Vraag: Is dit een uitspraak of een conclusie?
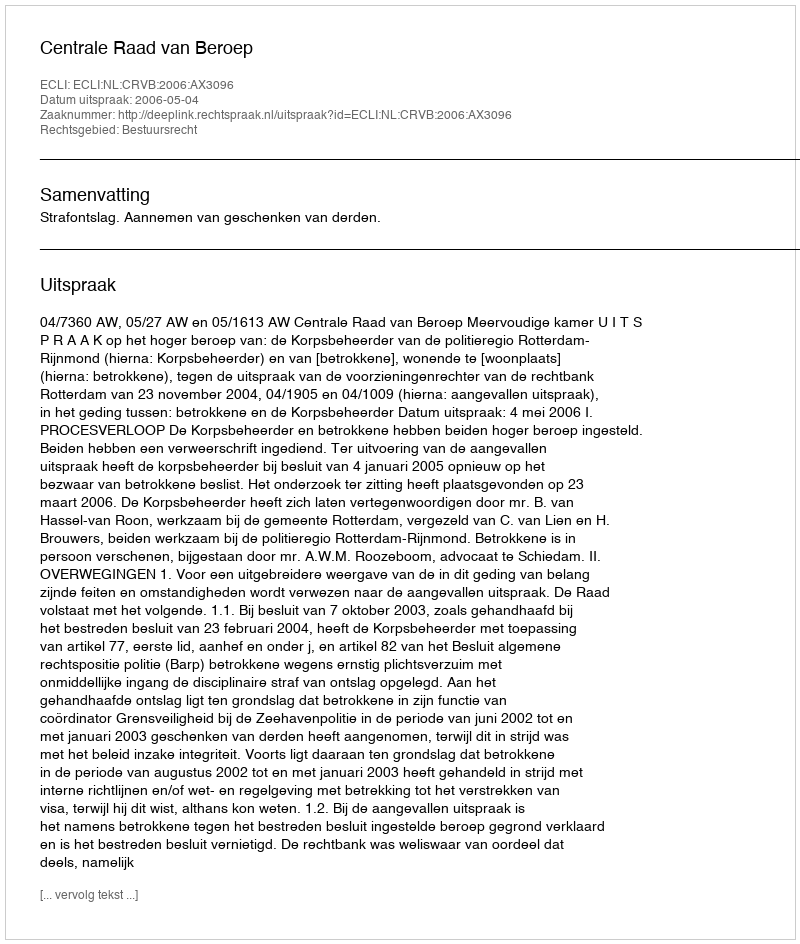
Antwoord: Uitspraak